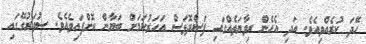
ހޭދަ ކުރެއްވިއެވެ. އަދި އެހެން ރިވާޔަތެއްގައި ފަސްދޮޅަސް އަހަރުކަމަށް ބަޔާން ކޮށްފައިވެއެވެ. ސުވަރުގޭގައި